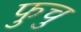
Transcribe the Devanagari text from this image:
फुचु